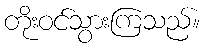
တိုးဝင်သွားကြသည်။